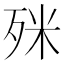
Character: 𣧲